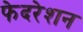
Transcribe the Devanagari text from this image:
फेदरेशन